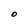
Character: O